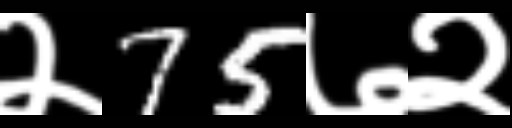
Text: २75७२